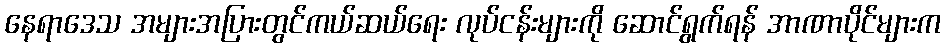
နေရာဒေသ အများအပြားတွင်ကယ်ဆယ်ရေး လုပ်ငန်းများကို ဆောင်ရွက်ရန် အာဏာပိုင်များက